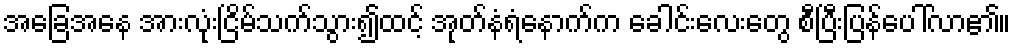
အခြေအနေ အားလုံးငြိမ်သက်သွား၍ထင့် အုတ်နံရံနောက်က ခေါင်းလေးတွေ စီပြီးပြန်ပေါ်လာ၏။